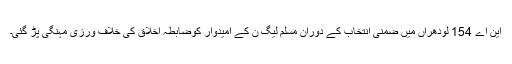
این اے 154 لودھراں میں ضمنی انتخاب کے دوران مسلم لیگ ن کے امیدوار کوضابطہ اخلاق کی خلاف ورزی مہنگی پڑ گئی۔